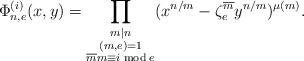
LaTeX: \begin{align*} \Phi_{n,e}^{(i)}(x,y)=\prod_{\substack{m|n \\ (m,e)=1\\ \overline mm\equiv i \bmod e}}(x^{n/m}-\zeta^{\overline m}_{e}y^{n/m})^{\mu(m)}.\end{align*}